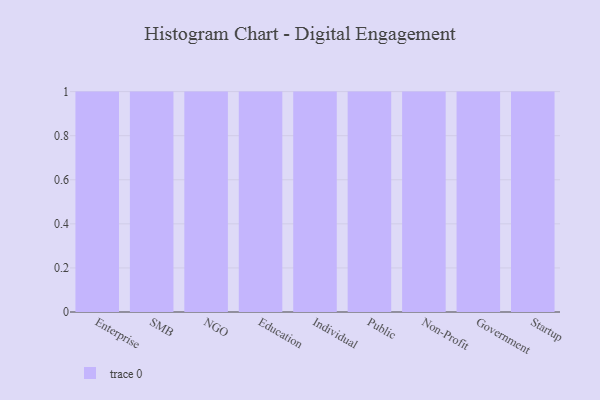
{"axis": {"x": "Segment", "y": "Active Users"}, "legend": [""], "data": [{"x": "Enterprise", "y": 18, "type": ""}, {"x": "SMB", "y": 48, "type": ""}, {"x": "NGO", "y": 62, "type": ""}, {"x": "Education", "y": 78, "type": ""}, {"x": "Individual", "y": 83, "type": ""}, {"x": "Public", "y": 46, "type": ""}, {"x": "Non-Profit", "y": 43, "type": ""}, {"x": "Government", "y": 35, "type": ""}, {"x": "Startup", "y": 18, "type": ""}]}